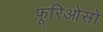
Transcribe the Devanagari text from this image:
फूरिओसो